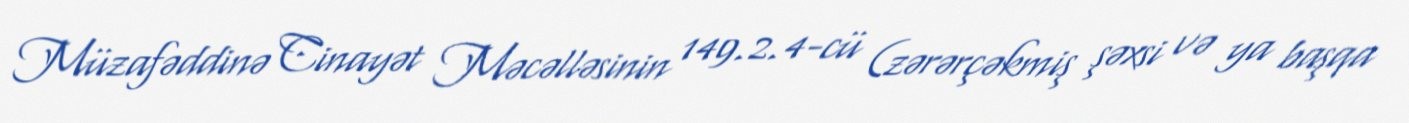
Müzafəddinə Cinayət Məcəlləsinin 149.2.4-cü (zərərçəkmiş şəxsi və ya başqa